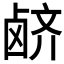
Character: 𲎊